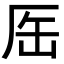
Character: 厒